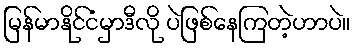
မြန်မာနိုင်ငံမှာဒီလို ပဲဖြစ်နေကြတဲ့ဟာပဲ။